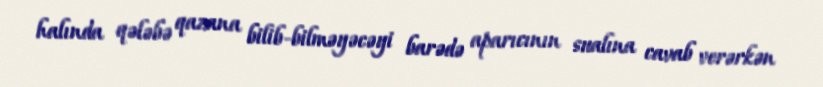
halında qələbə qazana bilib-bilməyəcəyi barədə aparıcının sualına cavab verərkən